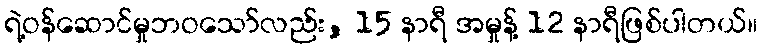
ရဲ့ဝန်ဆောင်မှုဘဝသော်လည်း, 15 နာရီ အမှုန့် 12 နာရီဖြစ်ပါတယ်။